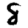
Digit: 8